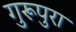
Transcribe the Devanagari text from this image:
गुरूपुरा